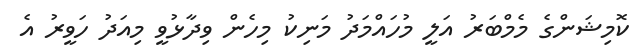
ކޮމިޝަންގެ މެމްބަރު އަލީ މުހައްމަދު މަނިކު މިހެން ވިދާޅުވީ މިއަދު ހަވީރު އެ